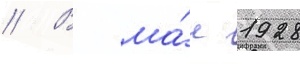
// В ма́е 1928